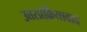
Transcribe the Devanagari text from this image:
उत्तरप्रक्रियावाद